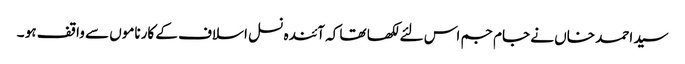
سید احمد خاں نے جام جم اس لئے لکھا تھا کہ آئندہ نسل اسلاف کے کارناموں سے واقف ہو ۔